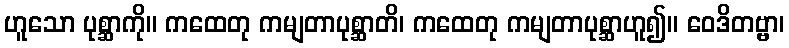
ဟူသော ပုစ္ဆာကို။ ကထေတု ကမျတာပုစ္ဆာတိ၊ ကထေတု ကမျတာပုစ္ဆာဟူ၍။ ဝေဒိတဗ္ဗာ၊